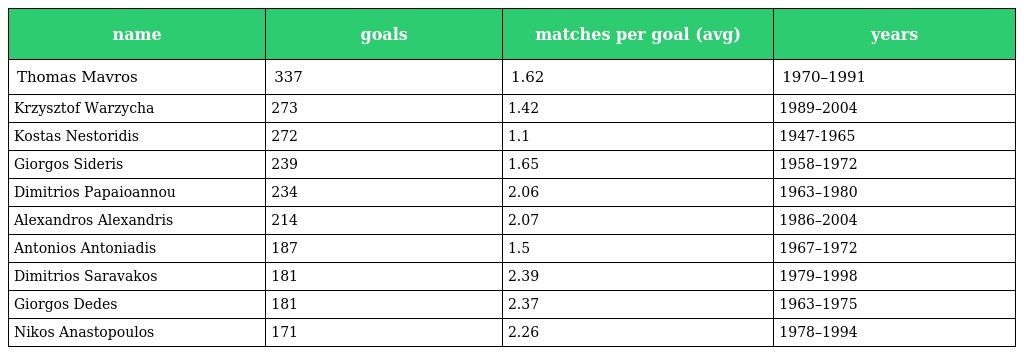
| name | goals | matches per goal (avg) | years |
 | --- | --- | --- | --- |
 | Thomas Mavros | 337 | 1.62 | 1970–1991 |
 | Krzysztof Warzycha | 273 | 1.42 | 1989–2004 |
 | Kostas Nestoridis | 272 | 1.1 | 1947-1965 |
 | Giorgos Sideris | 239 | 1.65 | 1958–1972 |
 | Dimitrios Papaioannou | 234 | 2.06 | 1963–1980 |
 | Alexandros Alexandris | 214 | 2.07 | 1986–2004 |
 | Antonios Antoniadis | 187 | 1.5 | 1967–1972 |
 | Dimitrios Saravakos | 181 | 2.39 | 1979–1998 |
 | Giorgos Dedes | 181 | 2.37 | 1963–1975 |
 | Nikos Anastopoulos | 171 | 2.26 | 1978–1994 |